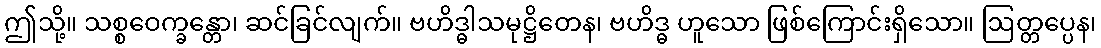
ဤသို့။ သစ္စဝေက္ခန္တော၊ ဆင်ခြင်လျက်။ ဗဟိဒ္ဓါသမုဋ္ဌိတေန၊ ဗဟိဒ္ဓ ဟူသော ဖြစ်ကြောင်းရှိသော။ ဩတ္တပ္ပေန၊